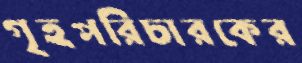
গৃহপরিচারকের